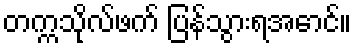
တက္ကသိုလ်ဖက် ပြန်သွားရအောင်။